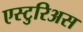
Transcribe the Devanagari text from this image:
एस्टुरिअस